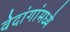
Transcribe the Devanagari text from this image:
वेदांगांमध्ये